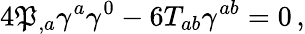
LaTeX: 4\mathfrak{P}_{,a}\gamma^{a}\gamma^{0}-6T_{ab}\gamma^{ab}=0\, ,